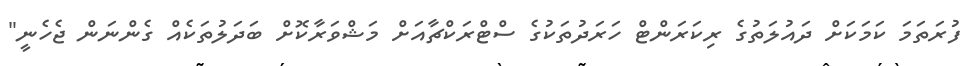
ފުރަތަމަ ކަމަކަށް ދައުލަތުގެ ރިކަރަންޓް ހަރަދުތަކުގެ ސްޓްރަކްޗާއަށް މަޝްވަރާކޮށް ބަދަލުތަކެއް ގެންނަން ޖެހެނީ"